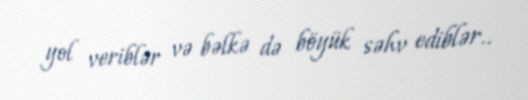
yol veriblər və bəlkə də böyük səhv ediblər..